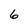
Character: 6